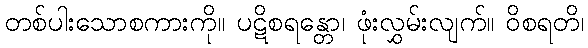
တစ်ပါးသောစကားကို။ ပဋိစရန္တော၊ ဖုံးလွှမ်းလျက်။ ဝိစရတိ၊